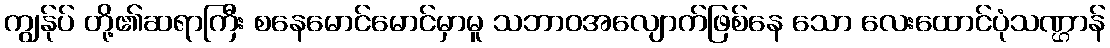
ကျွန်ုပ် တို့၏ဆရာကြီး စနေမောင်မောင်မှာမူ သဘာဝအလျောက်ဖြစ်နေ သော လေးထောင်ပုံသဏ္ဌာန်